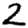
Digit: 2